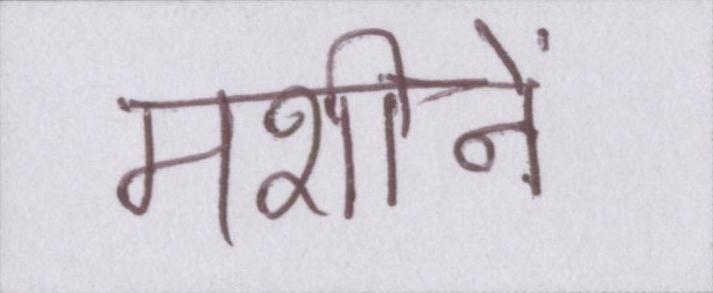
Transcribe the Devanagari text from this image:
मशीनें